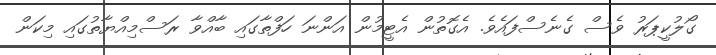
ގޯލުކީޕަރު ވެސް ގެނެސްފައެވެ. އެގޮތުން އެޓީމުން އަންނަ ހަފްތާގައި ބާއްވާ ރަސްމިއްޔާތުގައި މިކަން